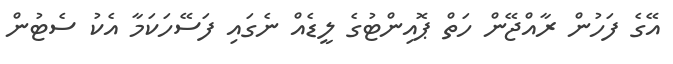
އޭގެ ފަހުން ރާއްޖޭން ހަތް ޕޮއިންޓުގެ ލީޑެއް ނެގައި ފަސޭހަކަމާ އެކު ސެޓުން